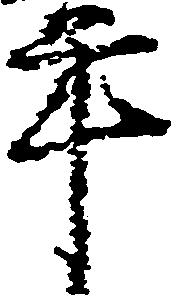
年